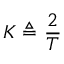
K \triangleq { \frac { 2 } { T } }